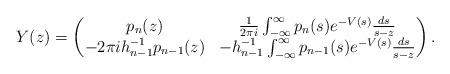
LaTeX: \begin{align*}Y(z)=\begin{pmatrix}p_n(z)&\frac{1}{2\pi i}\int_{-\infty}^{\infty}p_n(s)e^{-V(s)}\frac{ds}{s-z}\\-2\pi ih_{n-1}^{-1}p_{n-1}(z)&-h_{n-1}^{-1}\int_{-\infty}^{\infty}p_{n-1}(s)e^{-V(s)}\frac{ds}{s-z}\end{pmatrix}.\end{align*}